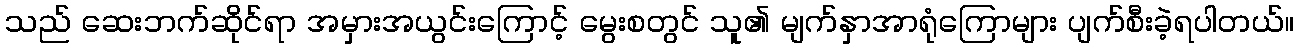
သည် ဆေးဘက်ဆိုင်ရာ အမှားအယွင်းကြောင့် မွေးစတွင် သူ၏ မျက်နှာအာရုံကြောများ ပျက်စီးခဲ့ရပါတယ်။